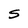
Character: s